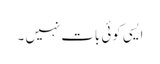
ایسی کوئی بات نہیں ۔